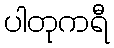
ပါတုကရီ